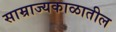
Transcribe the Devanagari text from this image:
साम्राज्यकाळातील